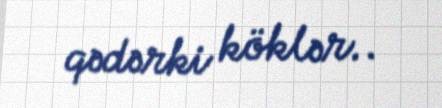
qədərki köklər..